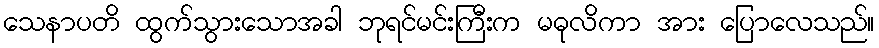
သေနာပတိ ထွက်သွားသောအခါ ဘုရင်မင်းကြီးက မဓုလိကာ အား ပြောလေသည်။